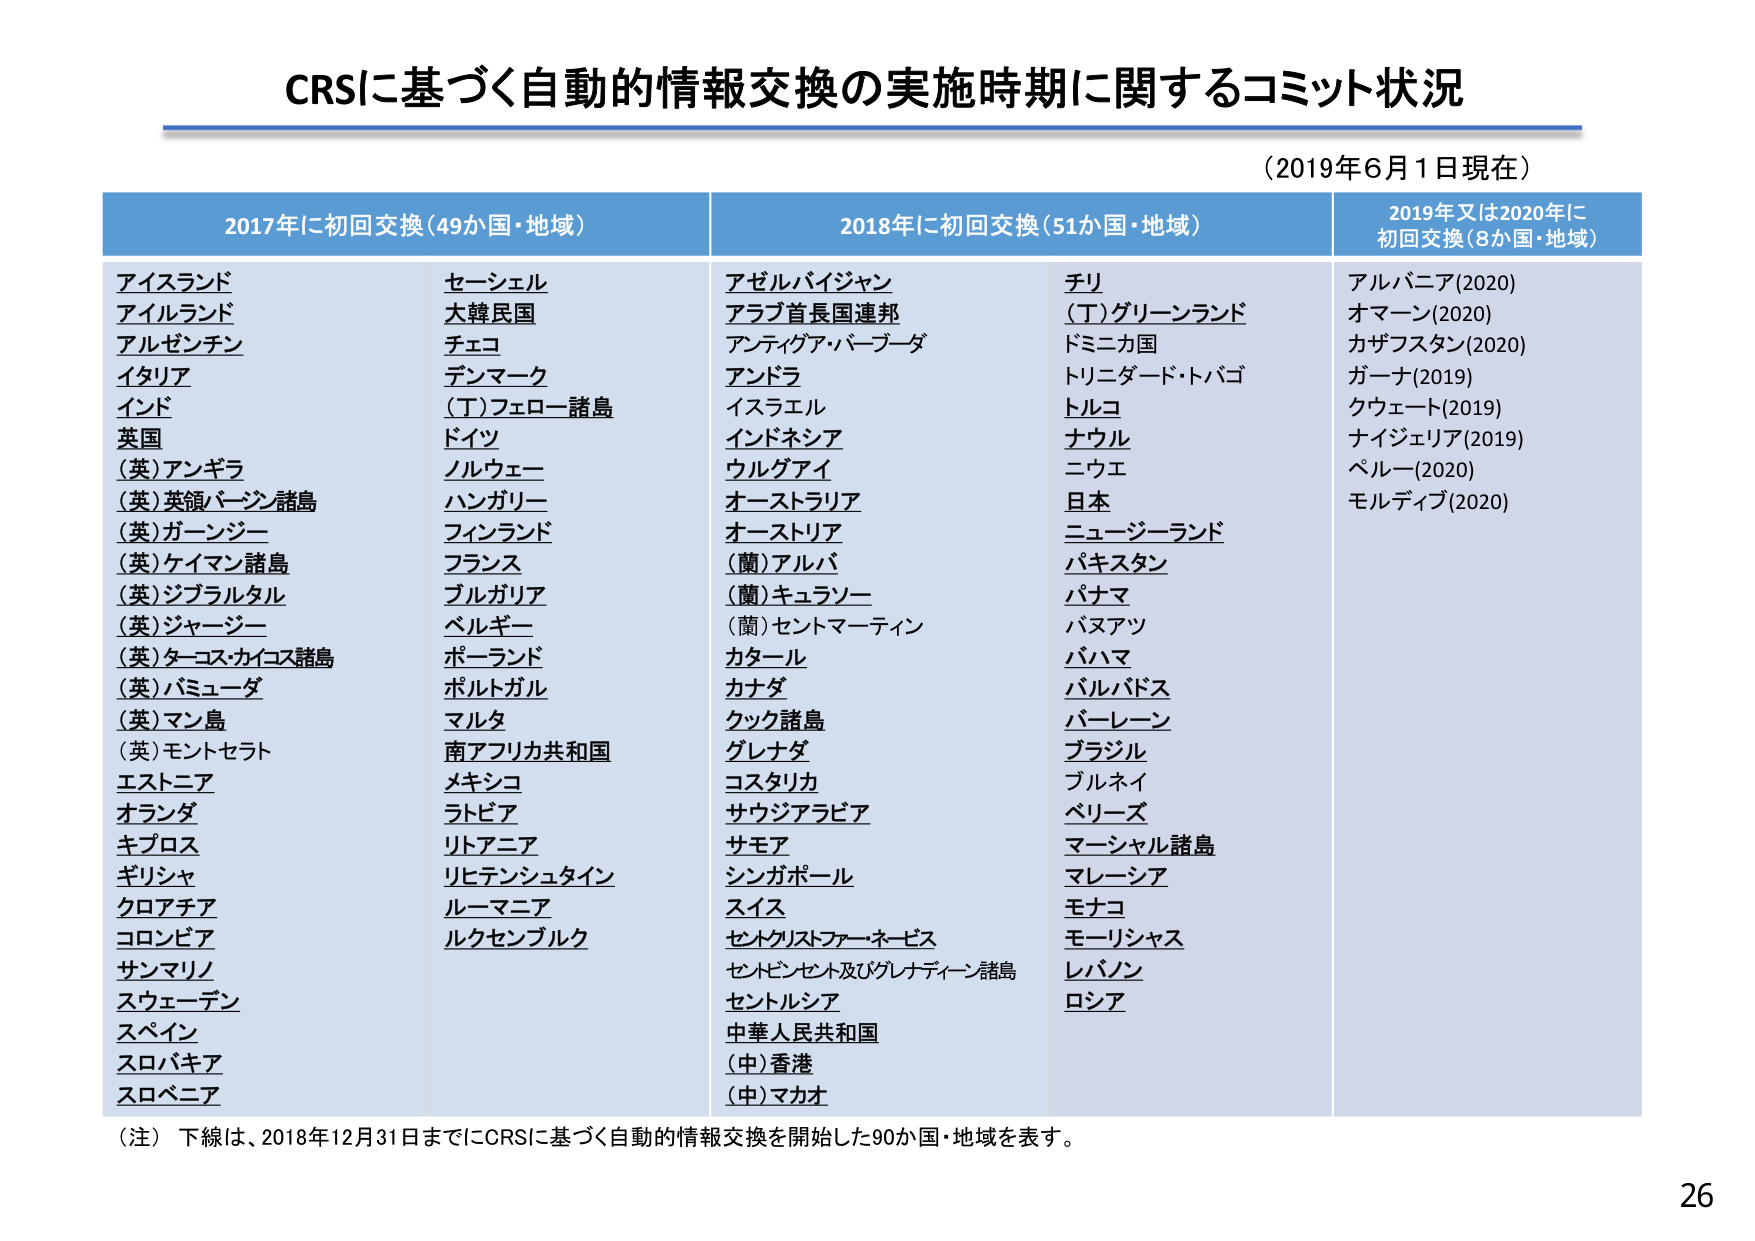
CRSに基づく自動的情報交換の実施時期に関するコミット状況
（2019年6月1日現在）

2017年に初回交換（49か国・地域）
アイスランド
アイルランド
アルゼンチン
イタリア
インド
英国
（英）アンギラ
（英）英領バージン諸島
（英）ガーンジー
（英）ケイマン諸島
（英）ジブラルタル
（英）ジャージー
（英）ターコス・カイコス諸島
（英）バミューダ
（英）マン島
（英）モントセラト
エストニア
オランダ
キプロス
ギリシャ
クロアチア
コロンビア
サンマリノ
スウェーデン
スペイン
スロバキア
スロベニア
セーシェル
大韓民国
チェコ
デンマーク
（丁）フェロー諸島
ドイツ
ノルウェー
ハンガリー
フィンランド
フランス
ブルガリア
ベルギー
ポーランド
ポルトガル
マルタ
南アフリカ共和国
メキシコ
ラトビア
リトアニア
リヒテンシュタイン
ルーマニア
ルクセンブルク

2018年に初回交換（51か国・地域）
アゼルバイジャン
アラブ首長国連邦
アンティグア・バーブーダ
アンドラ
イスラエル
インドネシア
ウルグアイ
オーストラリア
オーストリア
（蘭）アルバ
（蘭）キュラソー
（蘭）セントマーティン
カタール
カナダ
クック諸島
グレナダ
コスタリカ
サウジアラビア
サモア
シンガポール
スイス
セントクリストファー・ネビス
セントビンセント及びグレナディーン諸島
セントルシア
中華人民共和国
（中）香港
（中）マカオ
チリ
（丁）グリーンランド
ドミニカ国
トリニダード・トバゴ
トルコ
ナウル
ニウエ
日本
ニュージーランド
パキスタン
パナマ
バヌアツ
バハマ
バルバドス
バーレーン
ブラジル
ブルネイ
ベリーズ
マーシャル諸島
マレーシア
モナコ
モーリシャス
レバノン
ロシア

2019年又は2020年に初回交換（8か国・地域）
アルバニア（2020）
オマーン（2020）
カザフスタン（2020）
ガーナ（2019）
クウェート（2019）
ナイジェリア（2019）
ペルー（2020）
モルディブ（2020）

（注）下線は、2018年12月31日までにCRSに基づく自動的情報交換を開始した90か国・地域を表す。
26